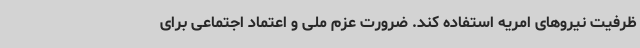
ظرفیت نیروهای امریه استفاده کند. ضرورت عزم ملی و اعتماد اجتماعی برای